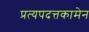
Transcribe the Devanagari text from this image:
प्रत्यपदत्तकामेन